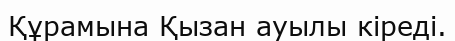
Құрамына Қызан ауылы кіреді.